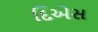
દિએસ